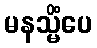
မနသ္မိံပေ